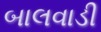
બાલવાડી